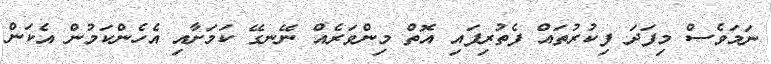
ނަމަވެސް މިފަދަ ފިކުރުތައް ފެތުރިފައި އޮތް މިންވަރެއް ނޭނގޭ ކަމަށާއި އެހެންކަމުން އެކަން